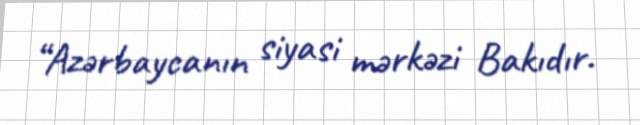
“Azərbaycanın siyasi mərkəzi Bakıdır.